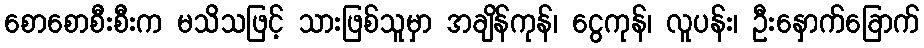
စောစောစီးစီးက မသိသဖြင့် သားဖြစ်သူမှာ အချိန်ကုန်၊ ငွေကုန်၊ လူပန်း၊ ဦးနှောက်ခြောက်